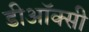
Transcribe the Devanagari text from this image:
डीऑक्सी